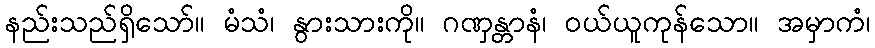
နည်းသည်ရှိသော်။ မံသံ၊ နွားသားကို။ ဂဏှန္တာနံ၊ ဝယ်ယူကုန်သော။ အမှာကံ၊